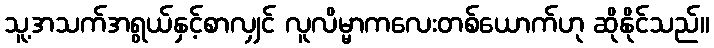
သူ့အသက်အရွယ်နှင့်စာလျှင် လူလိမ္မာကလေးတစ်ယောက်ဟု ဆိုနိုင်သည်။